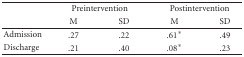
<table><thead><tr><td></td><td colspan="2"><b>Preintervention</b></td><td colspan="2"><b>Postintervention</b></td></tr><tr><td></td><td><b>M</b></td><td><b>SD</b></td><td><b>M</b></td><td><b>SD</b></td></tr></thead><tbody><tr><td>Admission</td><td>.27</td><td>.22</td><td>.61*</td><td>.49</td></tr><tr><td>Discharge</td><td>.21</td><td>.40</td><td>.08*</td><td>.23</td></tr></tbody></table>